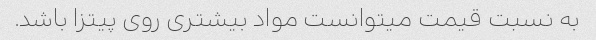
به نسبت قیمت میتوانست مواد بیشتری روی پیتزا باشد.